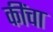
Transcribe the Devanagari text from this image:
कींचा